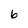
Character: 6